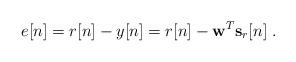
LaTeX: \begin{align*}e[n]=r[n]-y[n]=r[n]-\textbf{w}^{T}\textbf{s}_r[n]\;.\end{align*}